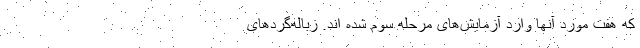
که هفت مورد آنها وارد آزمایش‌های مرحله سوم شده اند. زباله‌گردهای